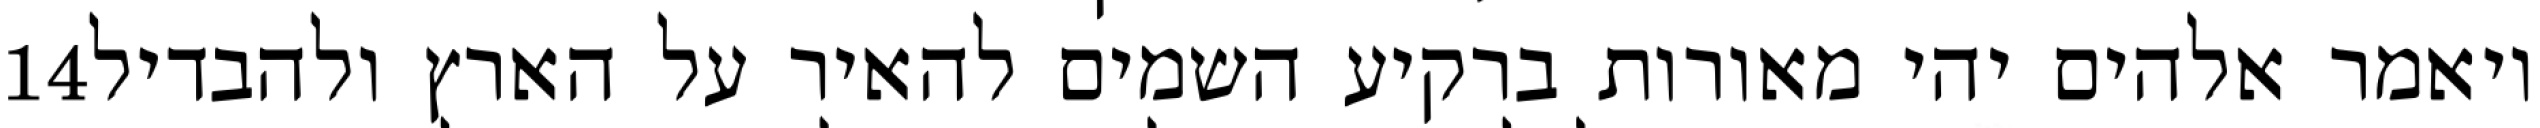
‎14‏ ויאמר אלהים יהי מאורות ברקיע השמים להאיר על הארץ ולהבדיל